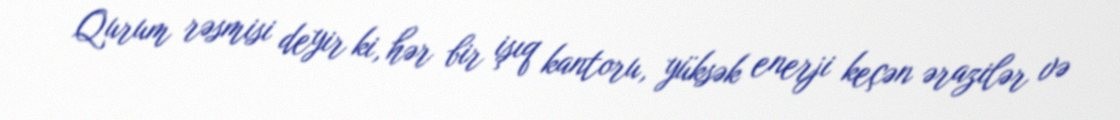
Qurum rəsmisi deyir ki, hər bir işıq kantoru, yüksək enerji keçən ərazilər və